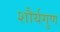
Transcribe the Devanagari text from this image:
शौर्यगुण